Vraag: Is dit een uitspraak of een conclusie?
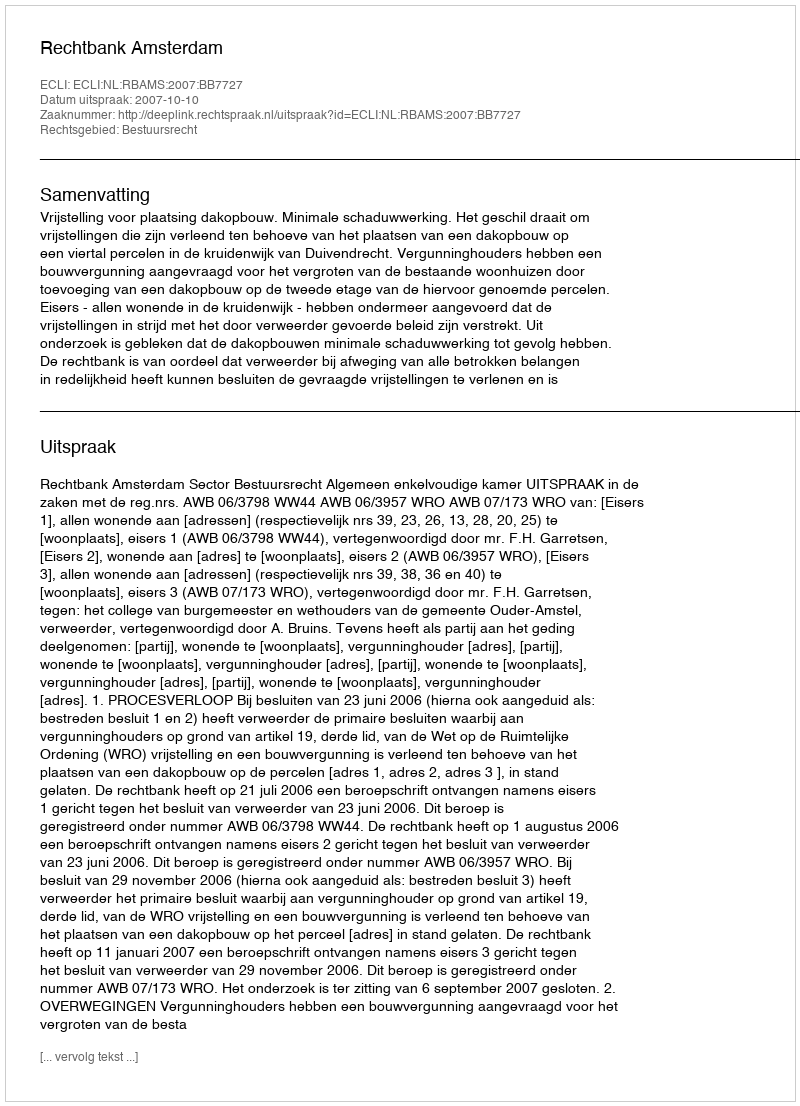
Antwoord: Uitspraak